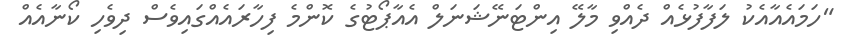
"ހަމައެއާއެކު ލަފާފުޅެއް ދެއްވި މާލޭ އިންޓަނޭޝަނަލް އެއާޕޯޓުގެ ކޮންމެ ފިހާރައެއްގައިވެސް ދިވެހި ކޯނާއެއް